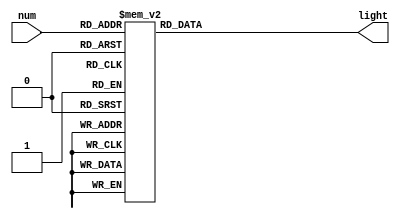
`timescale 1ns / 1ps

module seg(num, light);
input[3:0] num;
output reg [7:0] light;
always@(num)
begin
case(num)
4'b0000: light = 8'b00000011;
4'b0001: light = 8'b10011111;
4'b0010: light = 8'b00100101;
4'b0011: light = 8'b00001101;
4'b0100: light = 8'b10011001;
4'b0101: light = 8'b01001001;
4'b0110: light = 8'b01000001;
4'b0111: light = 8'b00011111;
4'b1000: light = 8'b00000001;
4'b1001: light = 8'b00001001;
4'b1010: light = 8'b00010001;
4'b1011: light = 8'b11000001;
4'b1100: light = 8'b01100011;
4'b1101: light = 8'b10000101;
4'b1110: light = 8'b01100001;
4'b1111: light = 8'b01110001;
endcase
end
endmodule